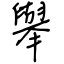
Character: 舉